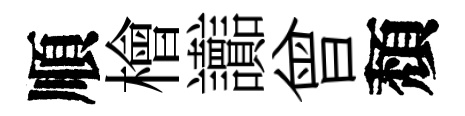
順檜讟曾頽